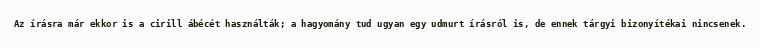
Az írásra már ekkor is a cirill ábécét használták; a hagyomány tud ugyan egy udmurt írásról is, de ennek tárgyi bizonyítékai nincsenek.